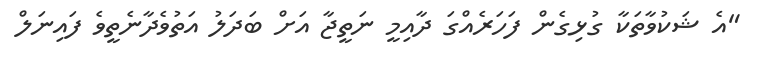
"އެ ޝަކުވާތަކާ ގުޅިގެން ފަހަރެއްގަ ދާއިމީ ނަތީޖާ އަށް ބަދަލު އަތުވެދާނެތީވެ ފައިނަލް